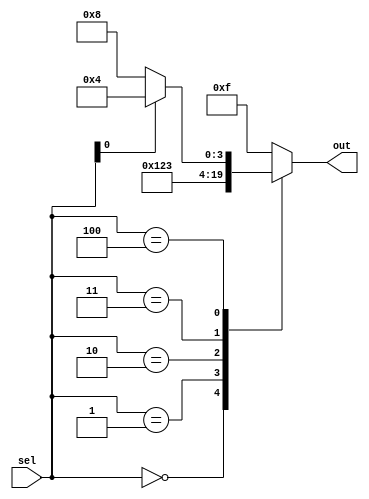
module case_example (
    input [2:0] sel,
    output reg [3:0] out
);

always @ (*) begin
    case(sel)
        3'b000: out <= 4'b0000;
        3'b001: out <= 4'b0001;
        3'b010: out <= 4'b0010;
        3'b011: out <= 4'b0011;
        3'b100: begin
                    if (sel[0] == 1) begin
                        out <= 4'b0100;
                    end else begin
                        out <= 4'b1000;
                    end
                end
        default: out <= 4'b1111;
    endcase
end

endmodule